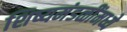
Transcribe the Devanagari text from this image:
शिष्यमंडळींमध्ये